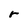
Character: r